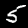
Label: 5